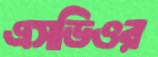
এসডিওর